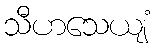
သီဟသေယျံ